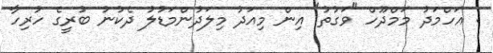
: އަހްމަދު މަމްދޫހް "ވަގުތު" އިން މިއަދު މިލަދުންމަޑުލު ދެކުނު ބުރީގެ ހުރިހާ